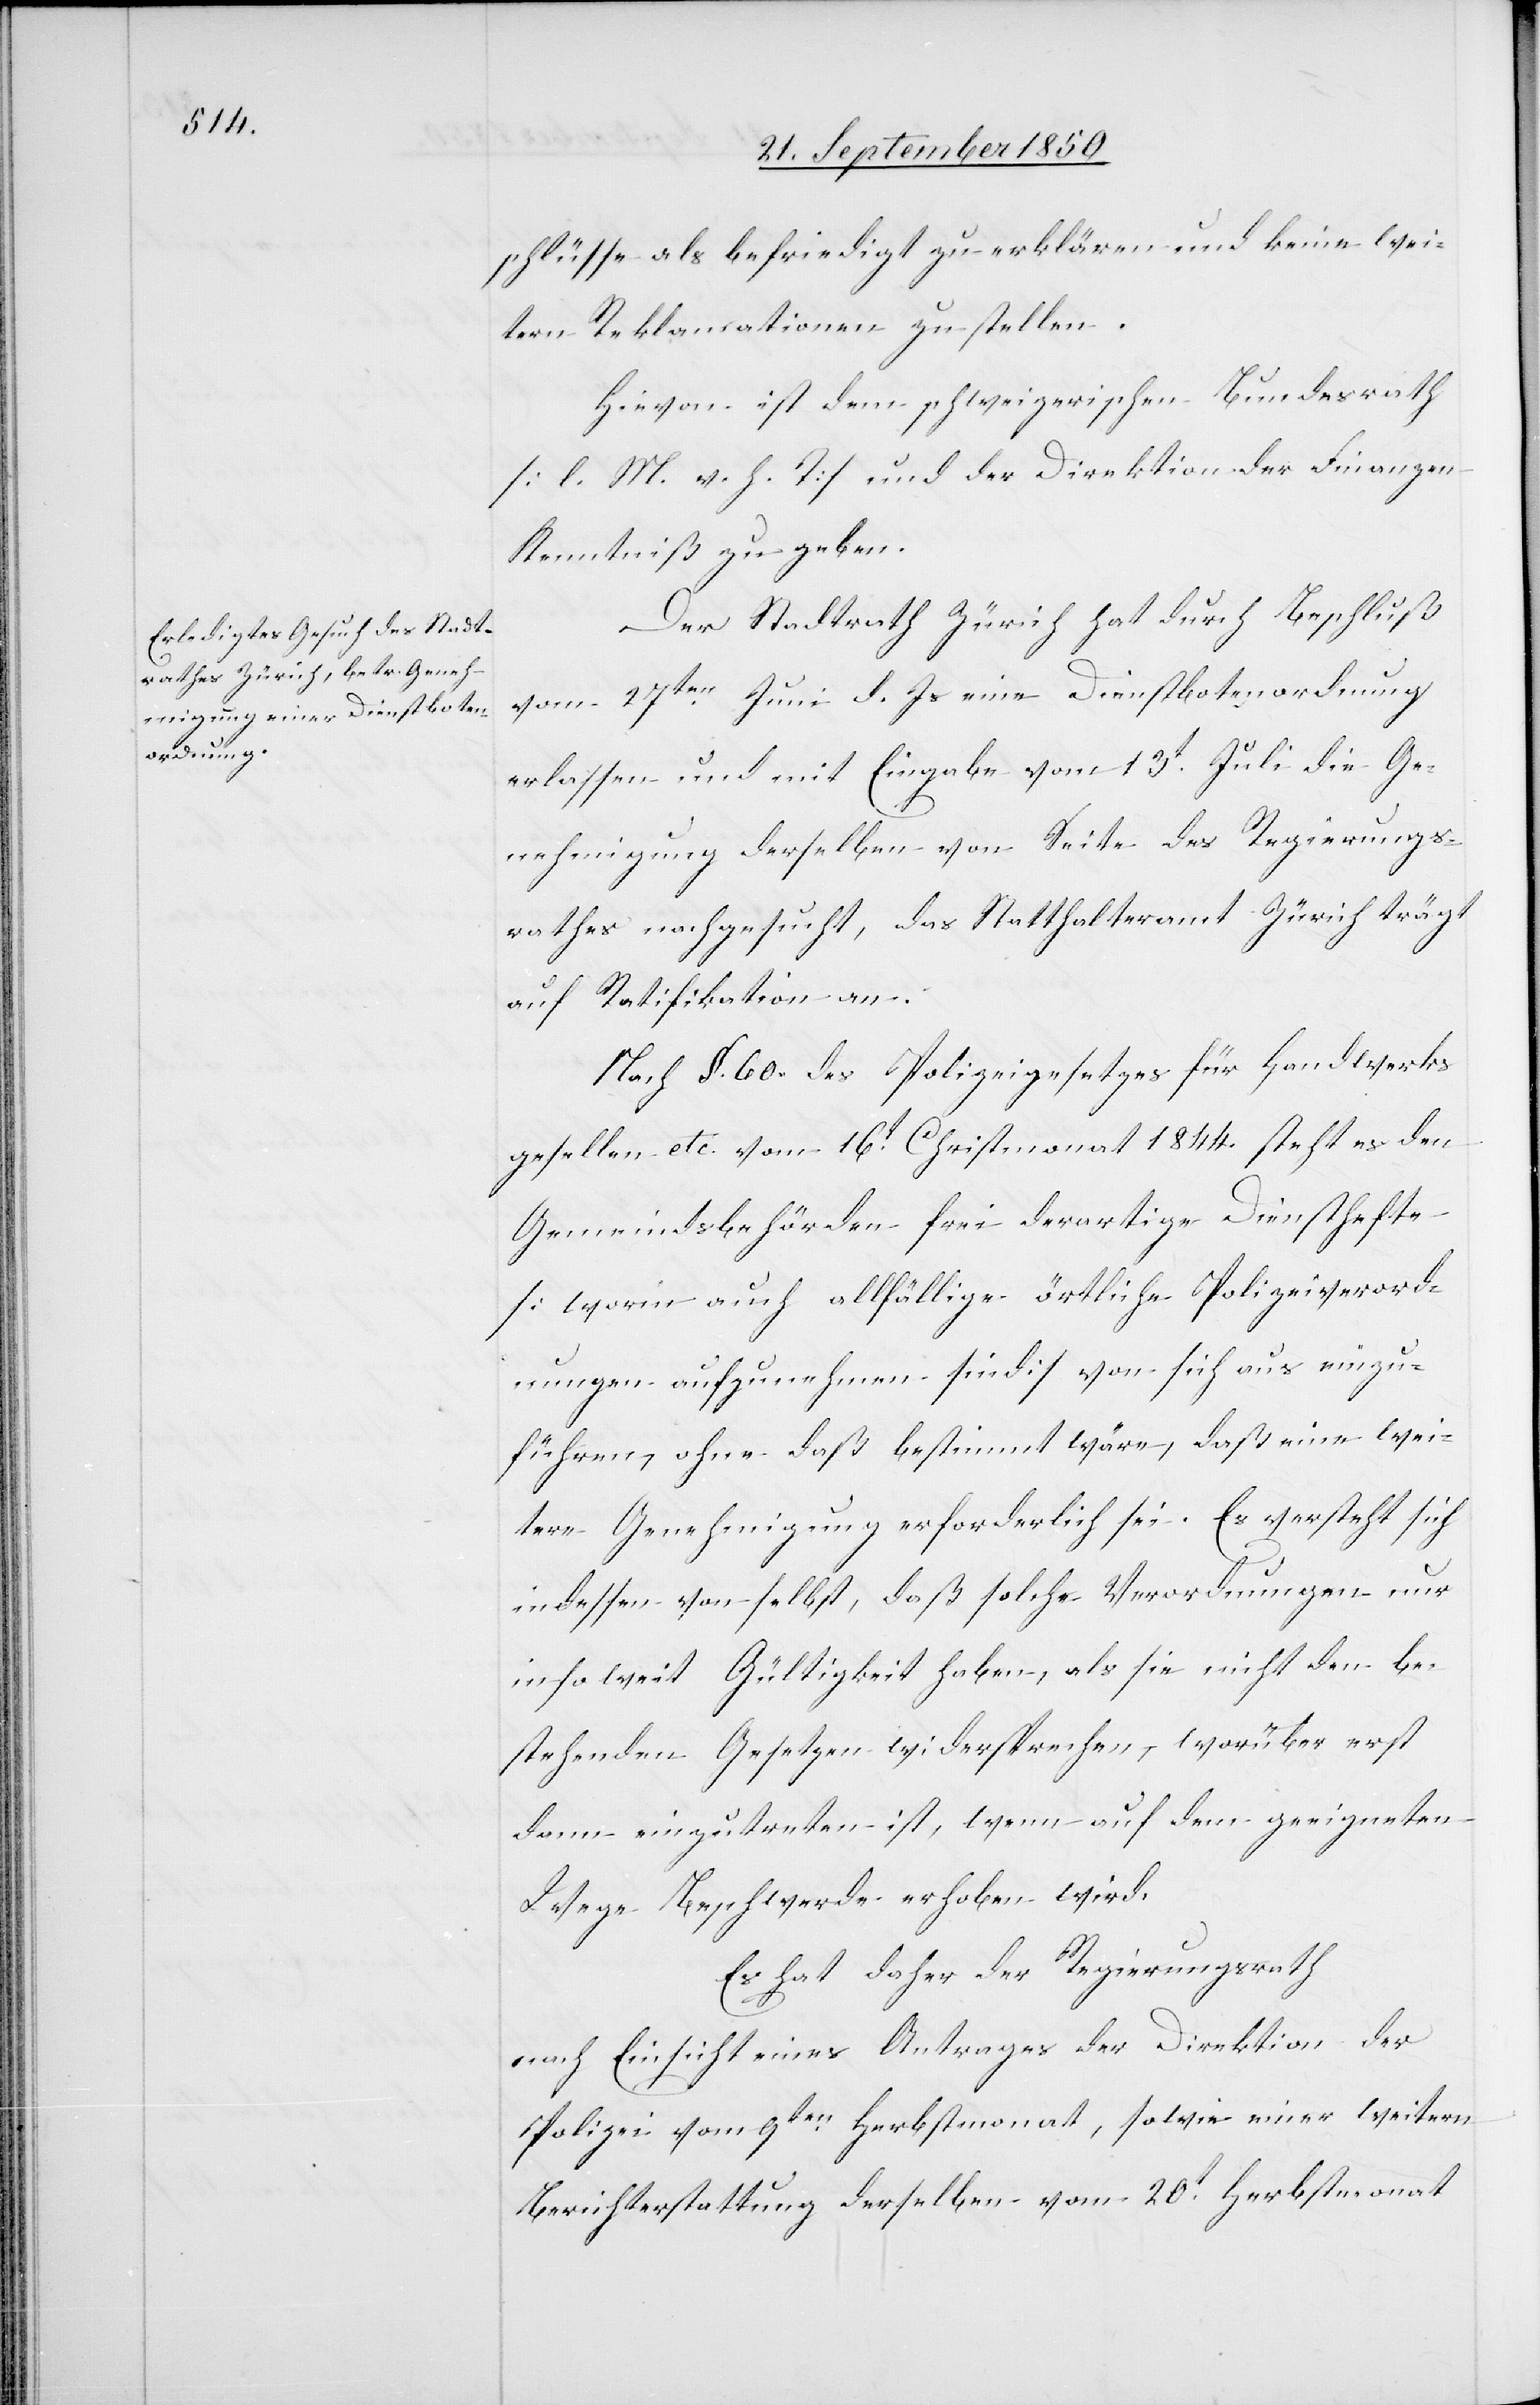
schlüsse als befriedigt zu erklären und keine wei¬
tern Reklamationen zu stellen.
Hievon ist dem schweizerischen Bundesrath
[l. M. v. h. T] und der Direktion der Finanzen
Kenntniß zu geben.
Der Stadtrath Zürich hat durch Beschluß
vom 27ten Juni d. Js. eine Dienstbotenordnung
erlassen und mit Eingabe vom 13t Juli die Ge¬
nehmigung derselben von Seite des Regierungs¬
rathes nachgesucht, das Statthalteramt Zürich trägt
auf Ratifikation an.
Nach §. 60. des Polizeigesetzes für Handwerks
gesellen [sic!] etc. vom 16t Christmonat 1844. steht es den
Gemeindsbehörden frei derartige Diensthefte
[worin auch allfällige örtliche Polizeiverord¬
nungen aufzunehmen sind] von sich aus einzu¬
führen, ohne daß bestimmt wäre, daß eine wei¬
tere Genehmigung erforderlich sei. Es versteht sich
indessen von selbst, daß solche Verordnungen nur
insoweit Gültigkeit haben, als sie nicht den be¬
stehenden Gesetzen widersprechen, worüber erst
dann einzutreten ist, wenn auf dem geeigneten
Wege Beschwerde erhoben wird.
Es hat daher der Regierungsrath
nach Einsicht eines Antrages der Direktion der
Polizei vom 9ten Herbstmonat, sowie einer weitern
Berichterstattung derselben vom 20t Herbstmonat